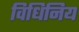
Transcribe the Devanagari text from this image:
विधिनिय